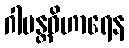
ဂါမန္တဝိဟာရေန